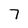
Character: 7